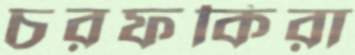
চরফকিরা